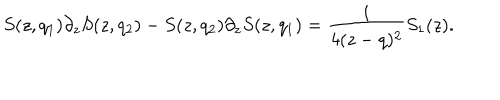
S ( z , q _ { 1 } ) \partial _ { z } S ( z , q _ { 2 } ) - S ( z , q _ { 2 } ) \partial _ { z } S ( z , q _ { 1 } ) = { \frac { i } { 4 ( z - q ) ^ { 2 } } } S _ { 1 } ( z ) .